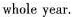
whole year.